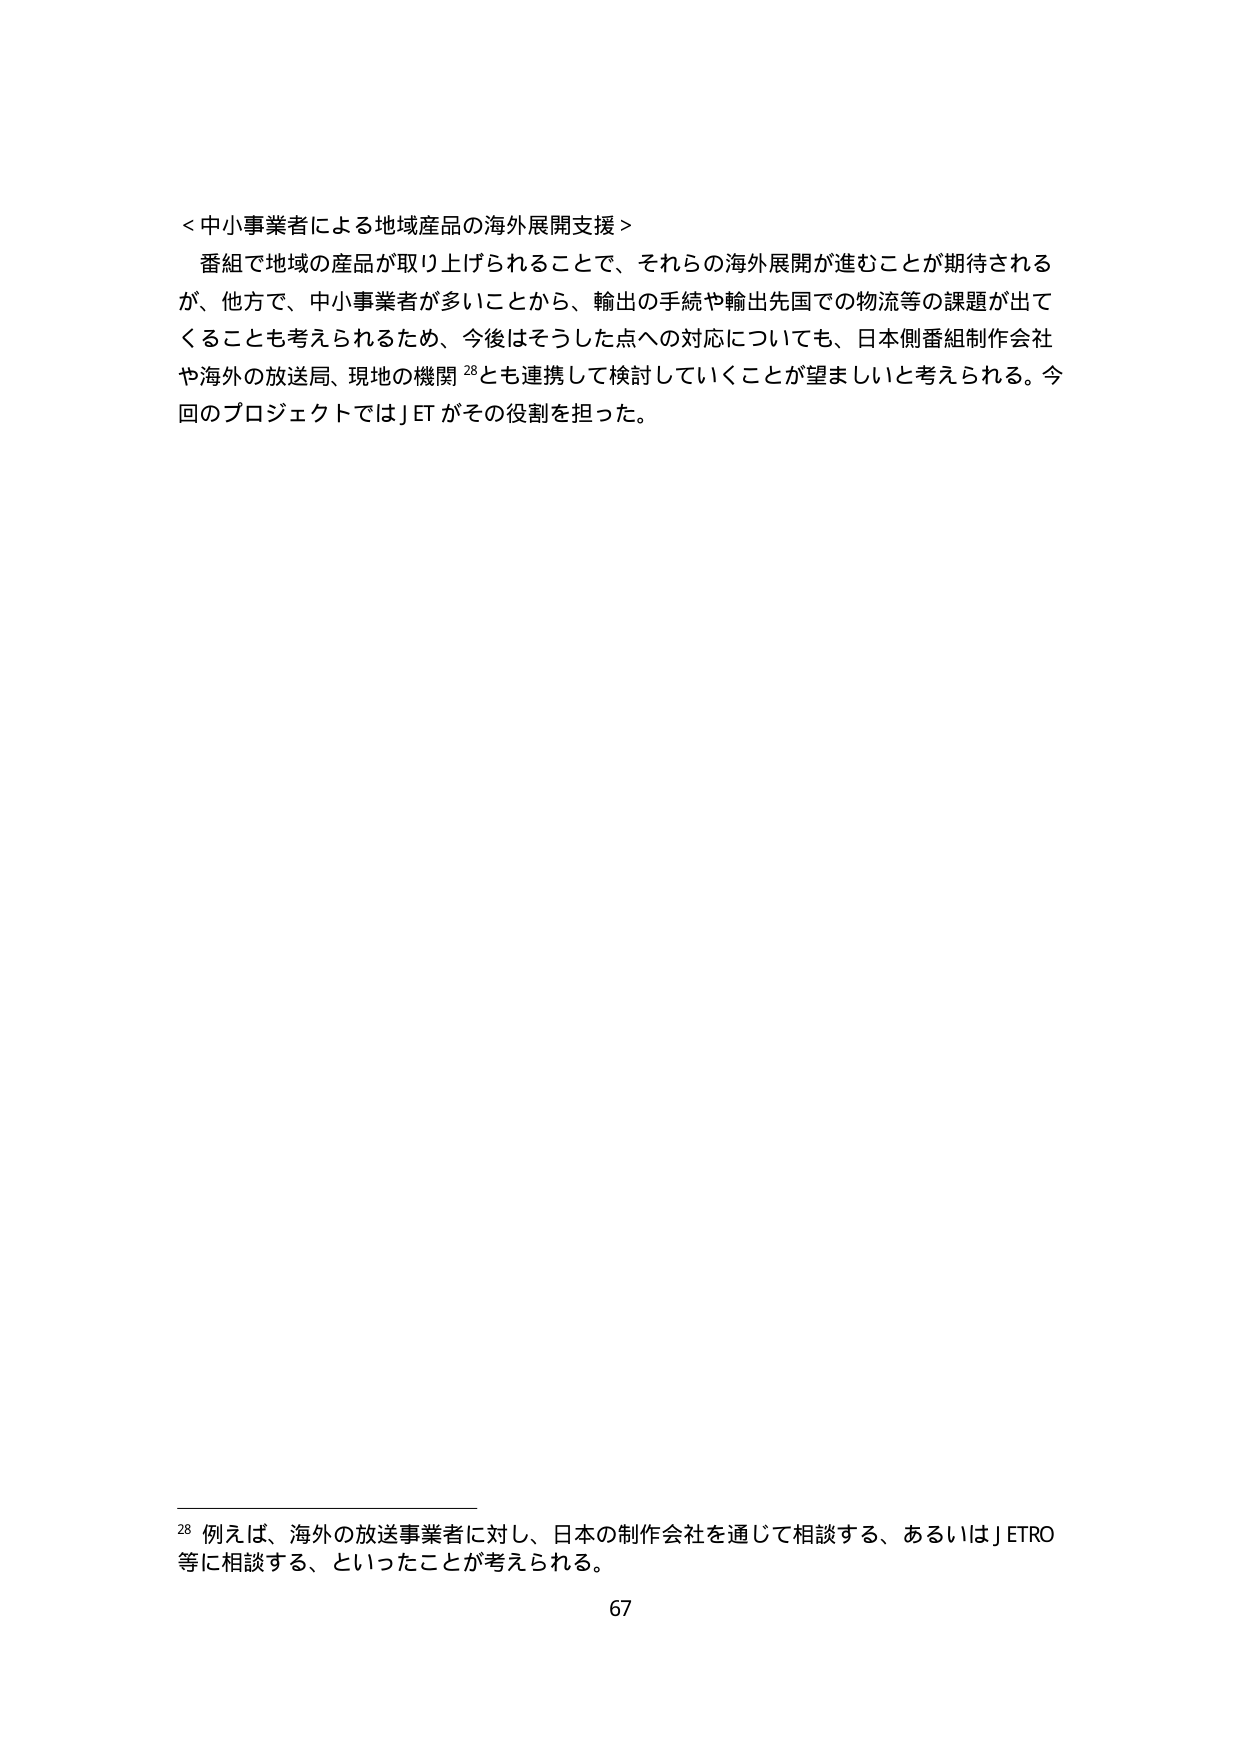
＜中小事業者による地域産品の海外展開支援＞
番組で地域の産品が取り上げられることで、それらの海外展開が進むことが期待されるが、他方で、中小事業者が多いことから、輸出の手続や輸出先国での物流等の課題が出てくることも考えられるため、今後はそうした点への対応についても、日本側番組制作会社や海外の放送局、現地の機関²⁸とも連携して検討していくことが望ましいと考えられる。今回のプロジェクトではJETがその役割を担った。

²⁸ 例えば、海外の放送事業者に対し、日本の制作会社を通じて相談する、あるいはJETRO等に相談する、といったことが考えられる。
67